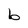
Character: b